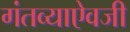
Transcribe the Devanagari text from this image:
गंतव्याऐवजी